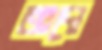
আদো